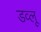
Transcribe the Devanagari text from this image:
डव्लू